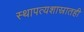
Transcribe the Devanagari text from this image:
स्थापत्यशास्रातही